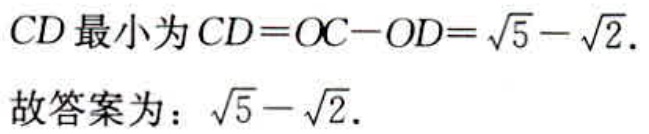
$CD\text{ 最小为 }CD = OC - OD=\sqrt{5}-\sqrt{2}.$
故答案为：$\sqrt{5}-\sqrt{2}.$